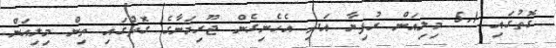
ގޮތުގައި 5.1 މިލިއަން ރުފިޔާ އަދި އެހެނިގެން ޖޫރިމަނާގެ ގޮތުގައި ތިން މިލިއަން